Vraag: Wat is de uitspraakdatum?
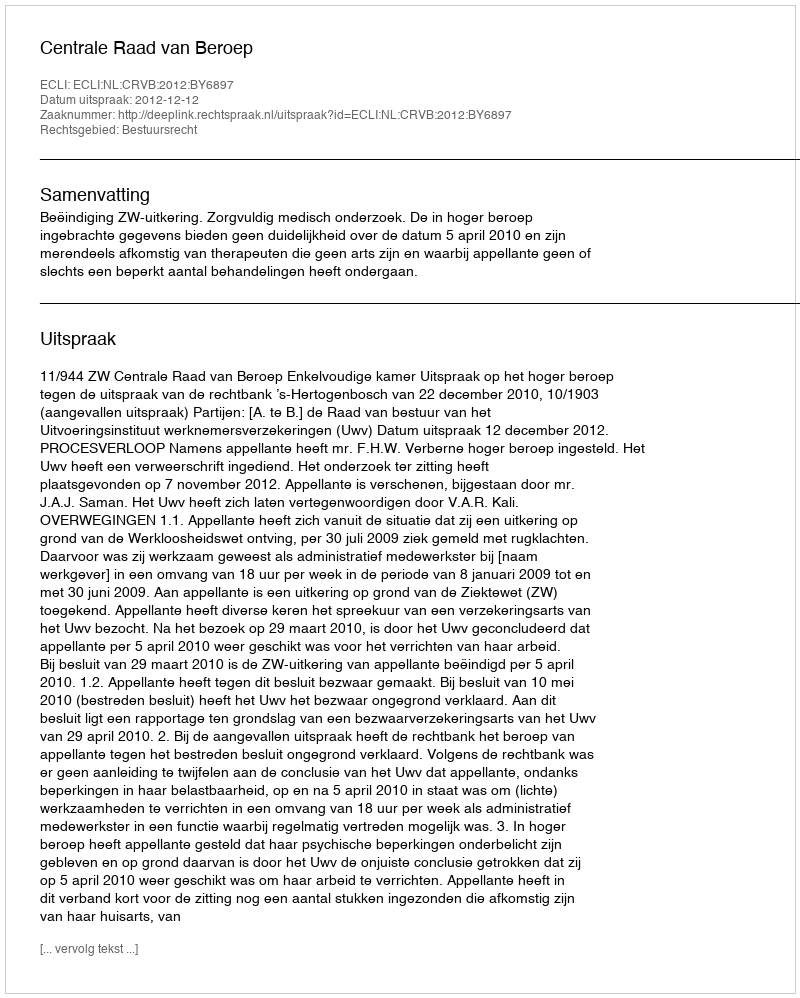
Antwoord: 2012-12-12